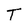
Character: T